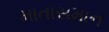
માતાસમાન